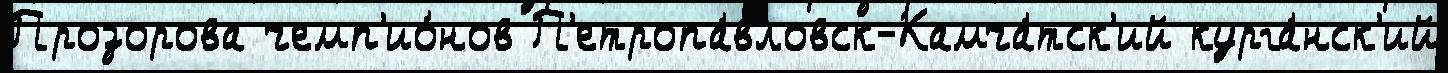
Прозорова чемп'ио́нов П'етропа́вловск-Камча́тск'ий курга́нск'ий